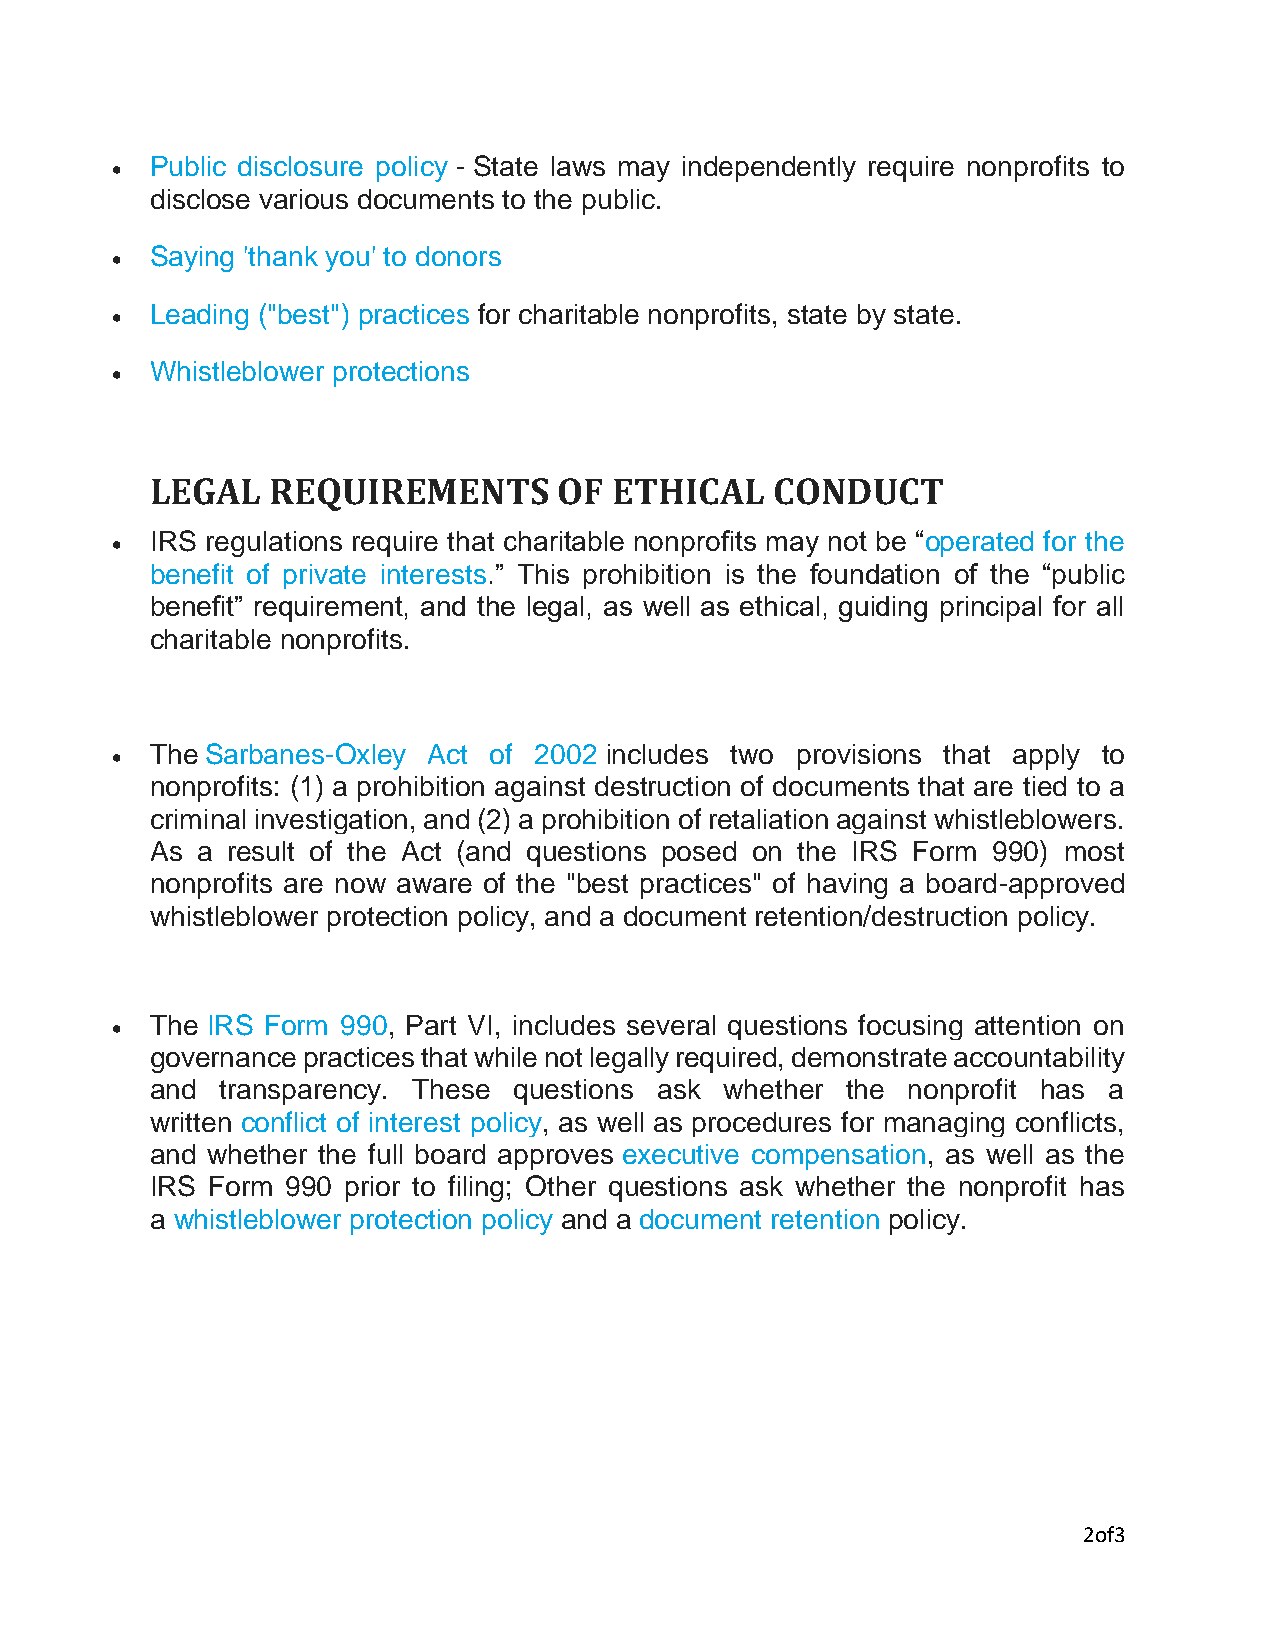
•  Public disclosure policy - State laws may independently require nonprofits to
 disclose various documents to the public.
 •  Saying 'thank you' to donors
 •  Leading ("best") practices for charitable nonprofits, state by state.
 •  Whistleblower protections
 LEGAL   REQUIREMENTS       OF  ETHICAL   CONDUCT
 •  IRS regulations require that charitable nonprofits may not be “operated for the
 benefit of private interests.” This prohibition is the foundation of the “public
 benefit” requirement, and the legal, as well as ethical, guiding principal for all
 charitable nonprofits.
 •  The Sarbanes-Oxley Act of 2002 includes two provisions that apply to
 nonprofits: (1) a prohibition against destruction of documents that are tied to a
 criminal investigation, and (2) a prohibition of retaliation against whistleblowers.
 As a result of the Act (and questions posed on the IRS Form 990) most
 nonprofits are now aware of the "best practices" of having a board-approved
 whistleblower protection policy, and a document retention/destruction policy.
 •  The IRS Form 990, Part VI, includes several questions focusing attention on
 governance practices that while not legally required, demonstrate accountability
 and  transparency. These questions ask whether the nonprofit has a
 written conflict of interest policy, as well as procedures for managing conflicts,
 and whether the full board approves executive compensation, as well as the
 IRS Form 990 prior to filing; Other questions ask whether the nonprofit has
 a whistleblower protection policy and a document retention policy.
 2of3